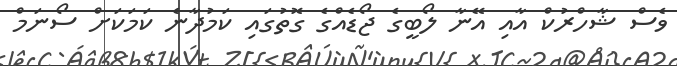
ވެސް ޝާހްރުކް އާއި އޭނާ ލޯބީގެ ޖޯޑެއްގެ ގޮތުގައި ކަމުދާނެ ކަމަކަށް ސޯނަމް